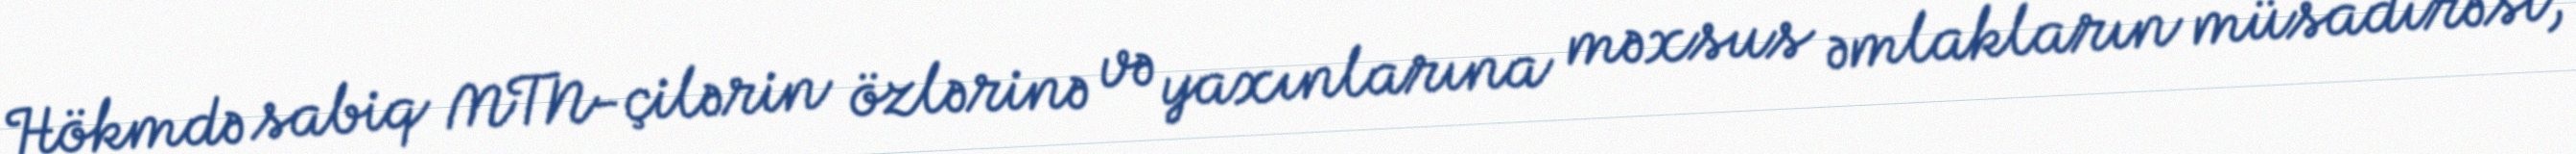
Hökmdə sabiq MTN-çilərin özlərinə və yaxınlarına məxsus əmlakların müsadirəsi,